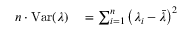
\begin{array} { r l } { n \cdot \mathrm { V a r } ( \lambda ) } & { { } = \sum _ { i = 1 } ^ { n } \left( \lambda _ { i } - \bar { \lambda } \right) ^ { 2 } } \end{array}